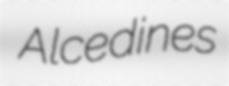
Alcedines